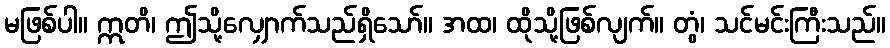
မဖြစ်ပါ။ ဣတိ၊ ဤသို့လျှောက်သည်ရှိသော်။ အထ၊ ထိုသို့ဖြစ်လျက်။ တွံ၊ သင်မင်းကြီးသည်။